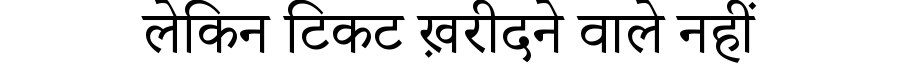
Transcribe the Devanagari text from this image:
लेकिन टिकट ख़रीदने वाले नहीं